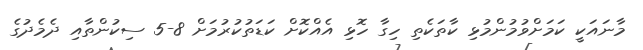
މާނައަކީ ކަމަށްވުމުންމުޅި ކާތަކެތި ހިގާ ހޮޅި އެއްކޮށް ކަޑަތުކުރުމަށް 8-5 ސިކުންތާއި ދެމެދުގެ